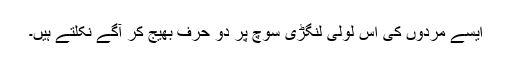
ایسے مردوں کی اس لولی لنگڑی سوچ پر دو حرف بھیج کر آگے نکلتے ہیں۔